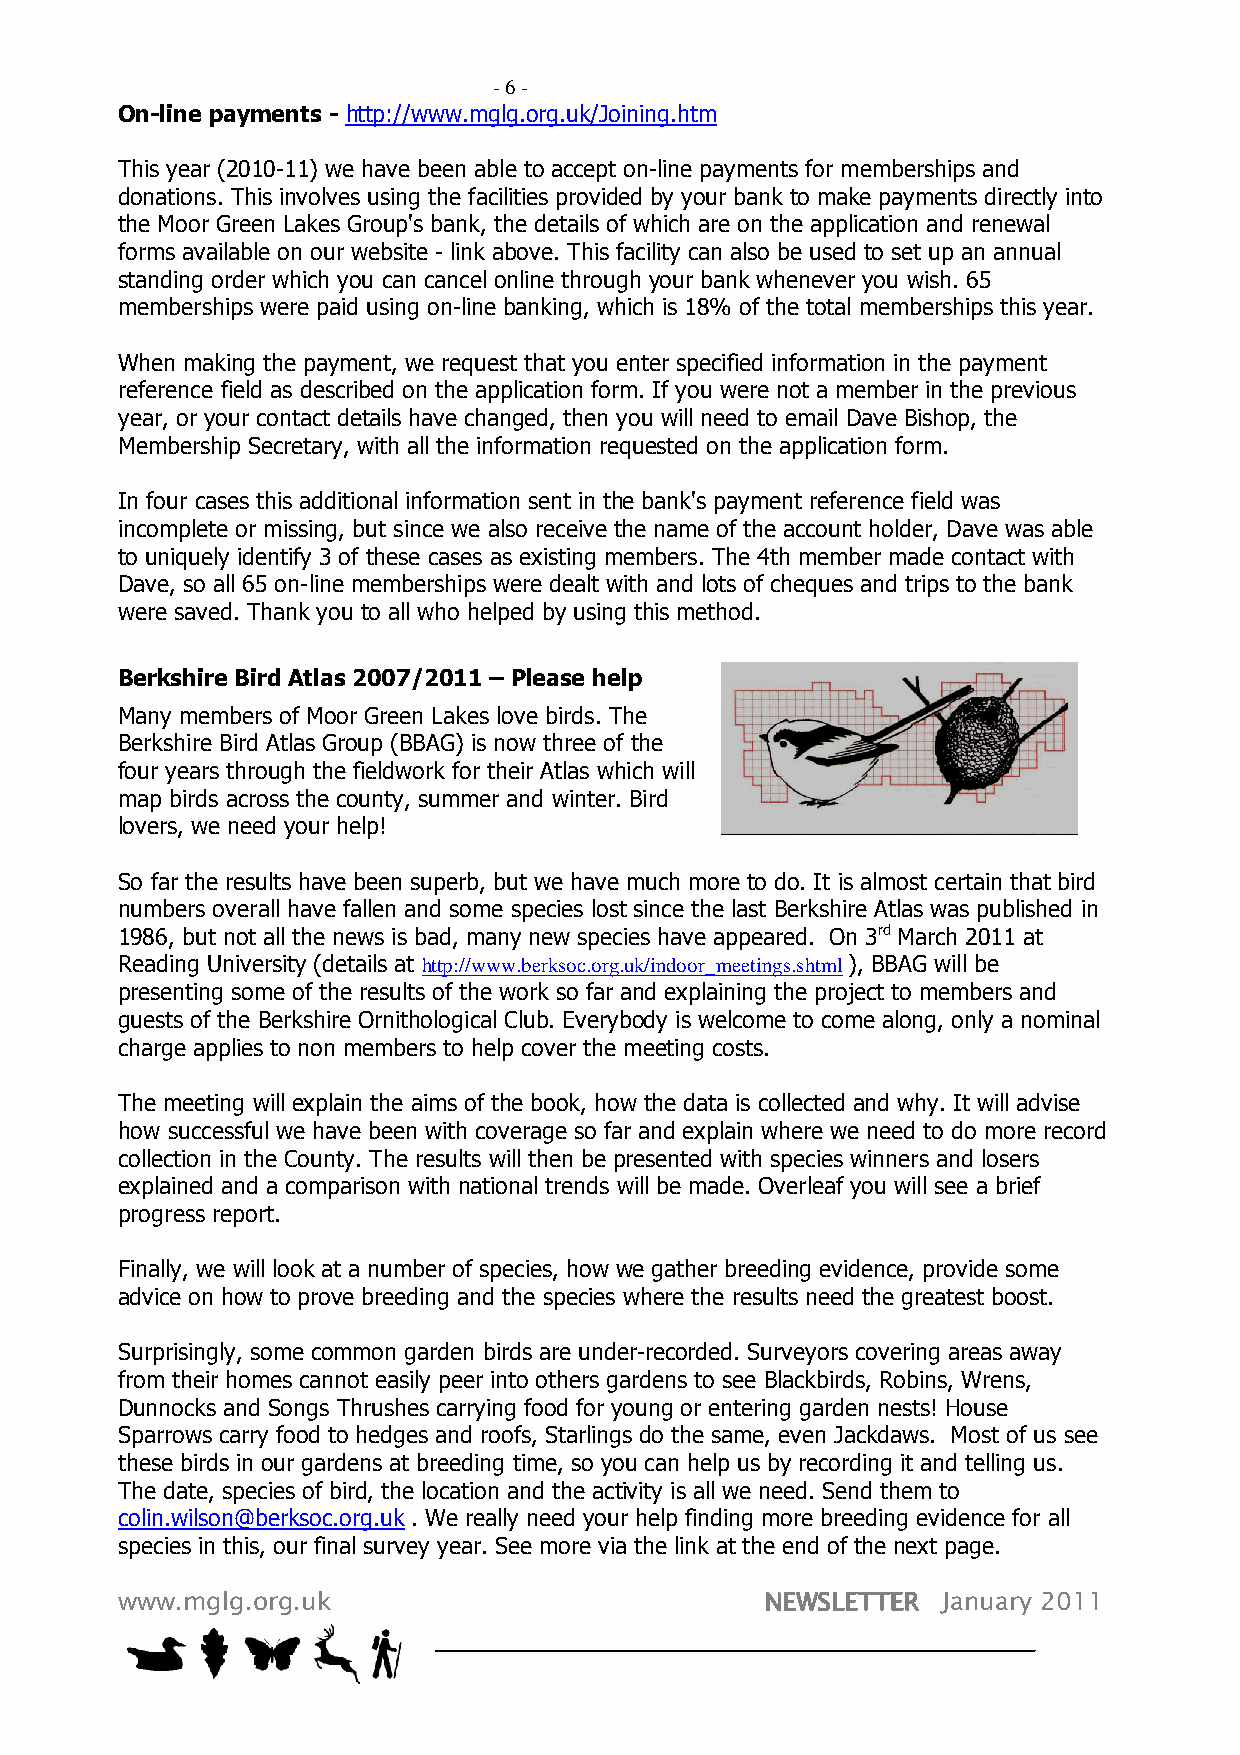
- 6 -
 On-line payments - http://www.mglg.org.uk/Joining.htm
 This year (2010-11) we have been able to accept on-line payments for memberships and
 donations. This involves using the facilities provided by your bank to make payments directly into
 the Moor Green Lakes Group's bank, the details of which are on the application and renewal
 forms available on our website - link above. This facility can also be used to set up an annual
 standing order which you can cancel online through your bank whenever you wish. 65
 memberships were paid using on-line banking, which is 18% of the total memberships this year.
 When making the payment, we request that you enter specified information in the payment
 reference field as described on the application form. If you were not a member in the previous
 year, or your contact details have changed, then you will need to email Dave Bishop, the
 Membership Secretary, with all the information requested on the application form.
 In four cases this additional information sent in the bank's payment reference field was
 incomplete or missing, but since we also receive the name of the account holder, Dave was able
 to uniquely identify 3 of these cases as existing members. The 4th member made contact with
 Dave, so all 65 on-line memberships were dealt with and lots of cheques and trips to the bank
 were saved. Thank you to all who helped by using this method.
 Berkshire Bird Atlas 2007/2011 – Please help
 Many members of Moor Green Lakes love birds. The
 Berkshire Bird Atlas Group (BBAG) is now three of the
 four years through the fieldwork for their Atlas which will
 map birds across the county, summer and winter. Bird
 lovers, we need your help!
 So far the results have been superb, but we have much more to do. It is almost certain that bird
 numbers overall have fallen and some species lost since the last Berkshire Atlas was published in
 1986, but not all the news is bad, many new species have appeared. On 3rd March 2011 at
 Reading University (details at http://www.berksoc.org.uk/indoor_meetings.shtml ), BBAG will be
 presenting some of the results of the work so far and explaining the project to members and
 guests of the Berkshire Ornithological Club. Everybody is welcome to come along, only a nominal
 charge applies to non members to help cover the meeting costs.
 The meeting will explain the aims of the book, how the data is collected and why. It will advise
 how successful we have been with coverage so far and explain where we need to do more record
 collection in the County. The results will then be presented with species winners and losers
 explained and a comparison with national trends will be made. Overleaf you will see a brief
 progress report.
 Finally, we will look at a number of species, how we gather breeding evidence, provide some
 advice on how to prove breeding and the species where the results need the greatest boost.
 Surprisingly, some common garden birds are under-recorded. Surveyors covering areas away
 from their homes cannot easily peer into others gardens to see Blackbirds, Robins, Wrens,
 Dunnocks and Songs Thrushes carrying food for young or entering garden nests! House
 Sparrows carry food to hedges and roofs, Starlings do the same, even Jackdaws. Most of us see
 these birds in our gardens at breeding time, so you can help us by recording it and telling us.
 The date, species of bird, the location and the activity is all we need. Send them to
 colin.wilson@berksoc.org.uk . We really need your help finding more breeding evidence for all
 species in this, our final survey year. See more via the link at the end of the next page.
 www.mglg.org.uk                            NNNNEEEEWWWWSSSSLLLLEEEETTTTTTTTEEEERRRR January 2011
 PAGE 6